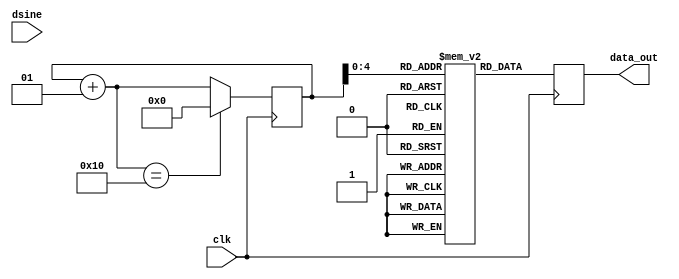
module inderjit_digi_sinewave_generator(clk, dsine, data_out);
//declare input and output
    input clk;
    input dsine; 
    output [7:0] data_out;
//8 bit Sine lookup table   
    reg [7:0] sine [0:16];
//Internal signals  
    integer i;  
    reg [7:0] data_out; 
 //Initialize the sine values with samples. 

        initial begin
        i = 0;
        sine[0] = 0;
        sine[1] = 76;
        sine[2] = 141;
        sine[3] = 185;
        sine[4] = 200;
        sine[5] = 185;
        sine[6] = 141;
        sine[7] = 76;
        sine[8] = 0;
        sine[9] = -76;
        sine[10] = -141;
        sine[11] = -185;
        sine[12] = -200;
        sine[13] = -185;
        sine[14] = -141;
        sine[15] = -76;
        sine[16] = 0;
    end

    
    //At every positive edge of the clock, output a sine wave sample.
    always@ (posedge clk)
    begin
        data_out = sine[i];
        i = i+ 1;
        if(i == 16)
            i = 0;
    end

endmodule